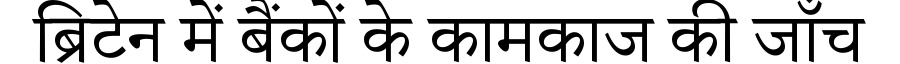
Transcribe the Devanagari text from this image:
ब्रिटेन में बैंकों के कामकाज की जाँच